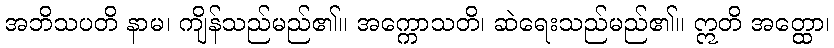
အဘိသပတိ နာမ၊ ကျိန်သည်မည်၏။ အက္ကောသတိ၊ ဆဲရေးသည်မည်၏။ ဣတိ အတ္ထော၊